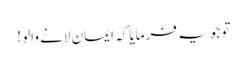
تو جو یہ فرمایا کہ ایمان لانے والو !